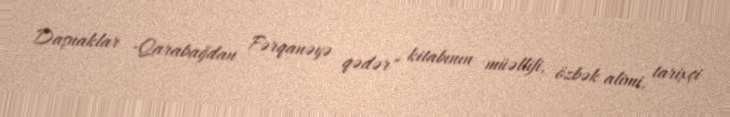
Daşnaklar -Qarabağdan Fərqanəyə qədər" kitabının müəllifi, özbək alimi, tarixçi